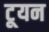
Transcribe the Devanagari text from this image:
टूयन